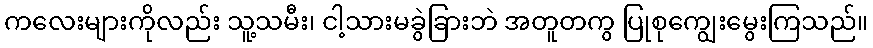
ကလေးများကိုလည်း သူ့သမီး၊ ငါ့သားမခွဲခြားဘဲ အတူတကွ ပြုစုကျွေးမွေးကြသည်။